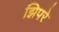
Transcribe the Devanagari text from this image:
झिपरे